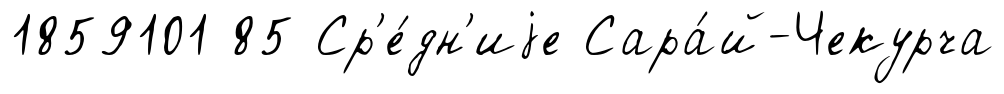
1859101 85 Ср'е́дн'иjе Сара́й-Чекурча